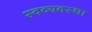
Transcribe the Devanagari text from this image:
स्वव्यवस्था